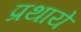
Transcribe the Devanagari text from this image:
प्रथाये